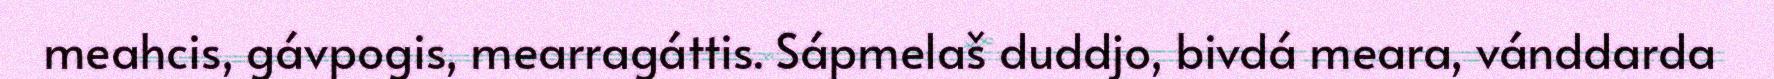
meahcis, gávpogis, mearragáttis. Sápmelaš duddjo, bivdá meara, vánddarda